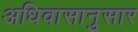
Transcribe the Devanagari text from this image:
अधिवासानुसार